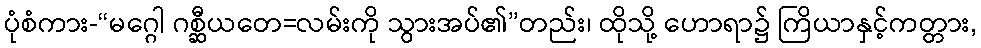
ပုံစံကား-“မဂ္ဂေါ ဂစ္ဆီယတေ=လမ်းကို သွားအပ်၏”တည်း၊ ထိုသို့ ဟောရာ၌ ကြိယာနှင့်ကတ္တား,